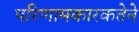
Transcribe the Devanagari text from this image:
परिणामकारकतेने